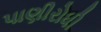
પાણીરોધી